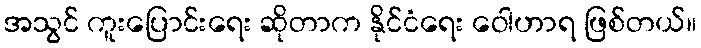
အသွင် ကူးပြောင်းရေး ဆိုတာက နိုင်ငံရေး ဝေါဟာရ ဖြစ်တယ်။